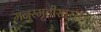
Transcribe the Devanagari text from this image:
मनुस्मृतीसारख्या